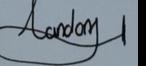
Signature authenticity: genuine